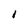
Character: 1